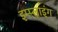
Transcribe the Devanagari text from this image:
इम्प्‍लाइंग